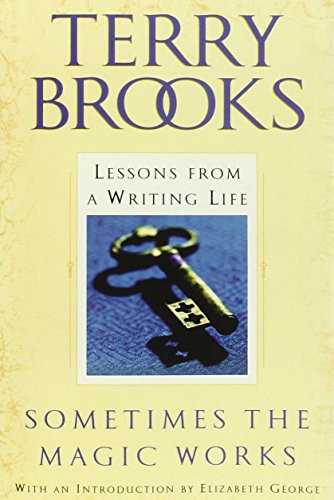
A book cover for Sometimes the Magic Works: Lessons from a Writing Life; Terry Brooks; Science Fiction & Fantasy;